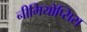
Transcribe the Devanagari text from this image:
नीमियोप्सिस